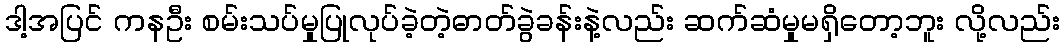
ဒါ့အပြင် ကနဦး စမ်းသပ်မှုပြုလုပ်ခဲ့တဲ့ဓာတ်ခွဲခန်းနဲ့လည်း ဆက်ဆံမှုမရှိတော့ဘူး လို့လည်း